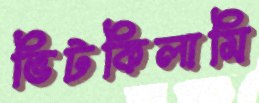
ভিটকিলামি